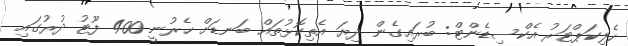
ހެލިކަޕްޓަރު އެކްސިޑެންޓް: ބުރައިގެން ދިޔަ އެތިކޮޅުތައް ބަނޑަށް ހެރުނީ 400 ފޫޓު ދުރުގައި